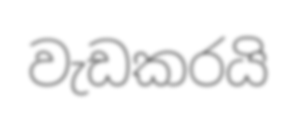
වැඩකරයි